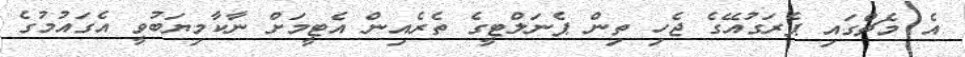
އެ މެޗްގައި ޕެރަގުއޭގެ ޖެހި ތިން ޕެނަލްޓީގެ ތެރެއިން އެޓީމަށް ނާކާމިޔަބުވީ އެގައުމުގެ